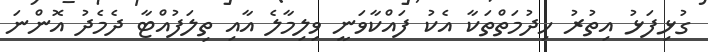
ގުޅިފަޅު އިތުރު ހިދުމަތްތަކާ އެކު ފައްކާވަނީ ވިލިމާލެ އާއި ތިލަފުއްޓާ ދެމެދު އޮންނަ